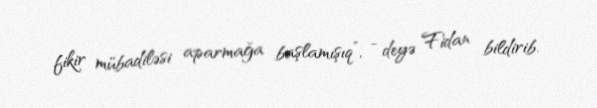
fikir mübadiləsi aparmağa başlamışıq”, - deyə Fidan bildirib.